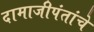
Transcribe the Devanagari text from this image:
दामाजीपंतांचे